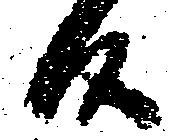
候